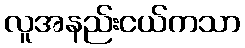
လူအနည်းငယ်ကသာ